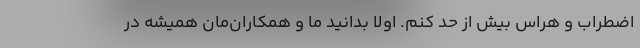
اضطراب و هراس بیش از حد کنم. اولا بدانید ما و همکاران‌مان همیشه در